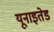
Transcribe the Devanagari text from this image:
यूनाइतेड